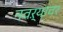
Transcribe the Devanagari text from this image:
नवऱ्यावर